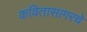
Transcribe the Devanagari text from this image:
कवितासागरचे